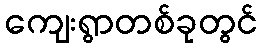
ကျေးရွာတစ်ခုတွင်